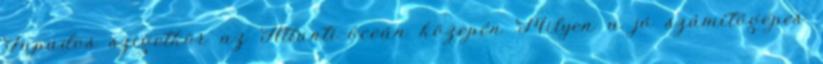
Fapados szigetkör az Atlanti-óceán közepén Milyen a jó számítógépes